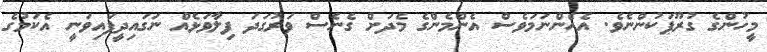
މީހުންގެ ގުރޫޕަކުންނެވެ. އެހެންނަމަވެސް އެންމެންގެ މެދަށް ގެނެސް ވަރުގަދަ ފިލާވަޅެއް ނަގައިދީފައިވަނީ އެކަމުގެ